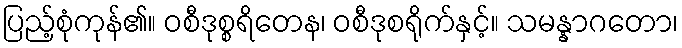
ပြည့်စုံကုန်၏။ ဝစီဒုစ္စရိတေန၊ ဝစီဒုစရိုက်နှင့်။ သမန္နာဂတော၊